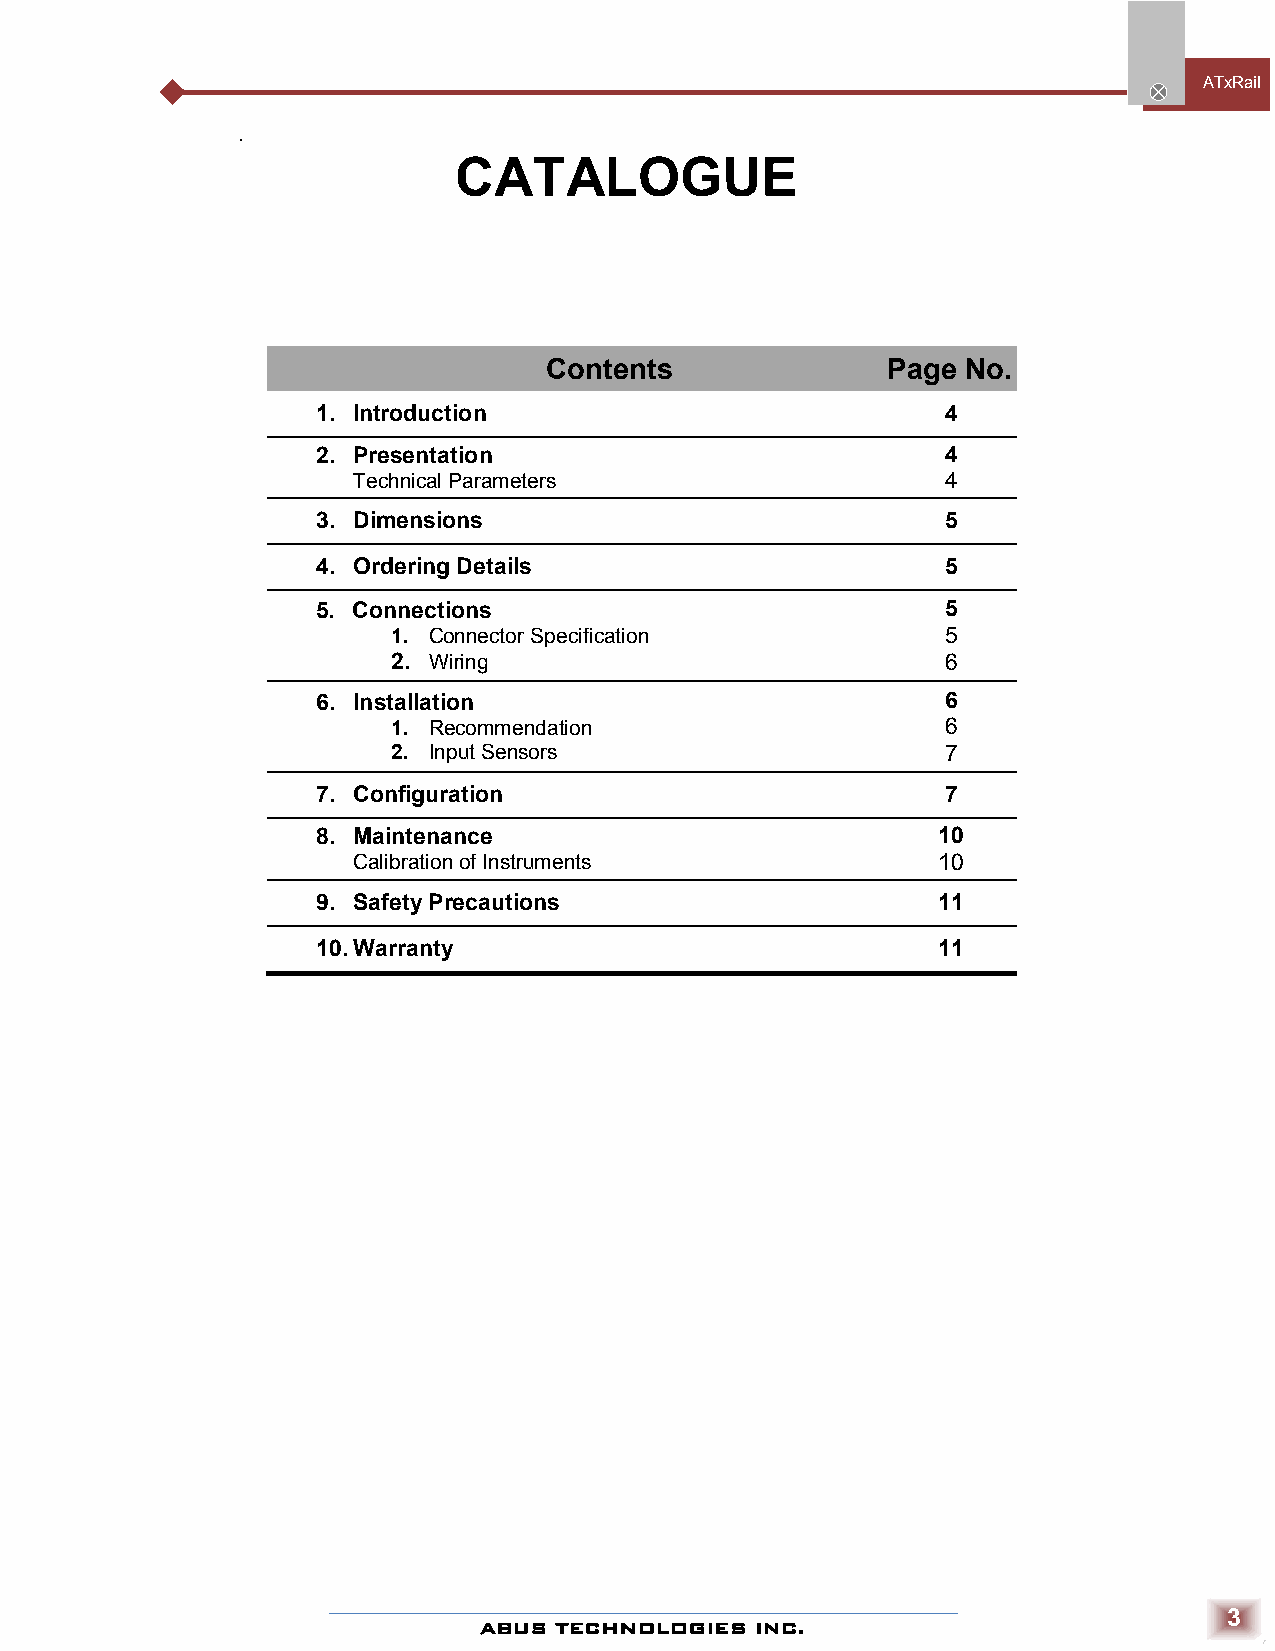
ATxRai l
 .
 CATALOGUE
 Contents               Page No.
 1. Introduction                           4
 2. Presentation                           4
 Technical Parameters                    4
 3. Dimensions                             5
 4. Ordering Details                       5
 5. Connections                            5
 1. Connector Specification           5
 2. Wiring                            6
 6. Installation                           6
 1. Recommendation                    6
 2. Input Sensors                     7
 7. Configuration                          7
 8. Maintenance                           10
 Calibration of Instruments             10
 9. Safety Precautions                    11
 10. Warranty                             11
 3
 ABUS TECHNOLOGIES INC.